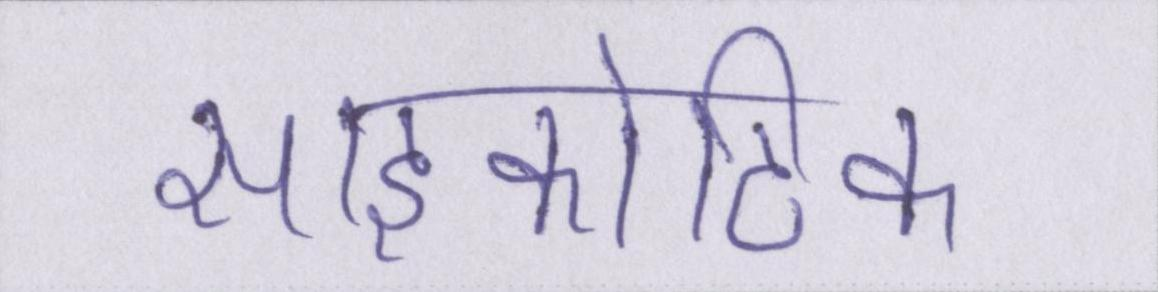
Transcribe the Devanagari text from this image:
साइकोटिक